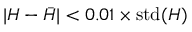
| H - \bar { H } | < 0 . 0 1 \times \mathrm { s t d } ( H )